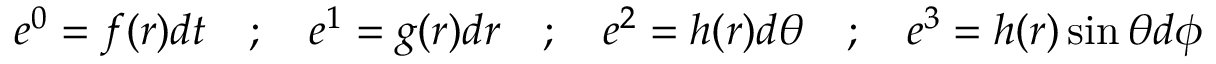
e ^ { 0 } = f ( r ) d t \quad ; \quad e ^ { 1 } = g ( r ) d r \quad ; \quad e ^ { 2 } = h ( r ) d \theta \quad ; \quad e ^ { 3 } = h ( r ) \sin \theta d \phi